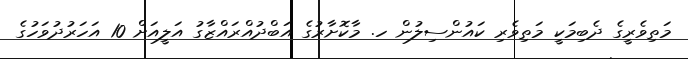
މަތިވެރީގެ ދެބިމަކީ މަތިވެރި ކައުންސިލުން ހ. މާކޮށާރުގެ އަބްދުއްރައްޒާގު އަލީއަށް 10 އަހަރުދުވަހުގެ